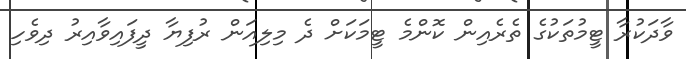
ވާދަކުރާ ޓީމުތަކުގެ ތެރެއިން ކޮންމެ ޓީމަކަށް ދެ މިލިއަން ރުފިޔާ ދީފައިވާއިރު ދިވެހި